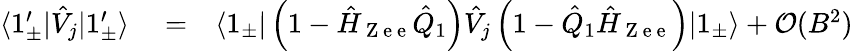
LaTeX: \begin{array}{rlr}{\langle 1_{\pm}^{\prime}|\hat{V}_{j}|1_{\pm}^{\prime}\rangle}&{{}=}&{\langle 1_{\pm}|\left(1-\hat{H}_{\mathrm{~Z~e~e~}}\hat{Q}_{1}\right)\hat{V}_{j}\left(1-\hat{Q}_{1}\hat{H}_{\mathrm{~Z~e~e~}}\right)|1_{\pm}\rangle+\mathcal{O}(B^{2})}\end{array}